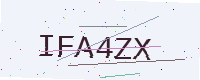
Text: IFA4ZX